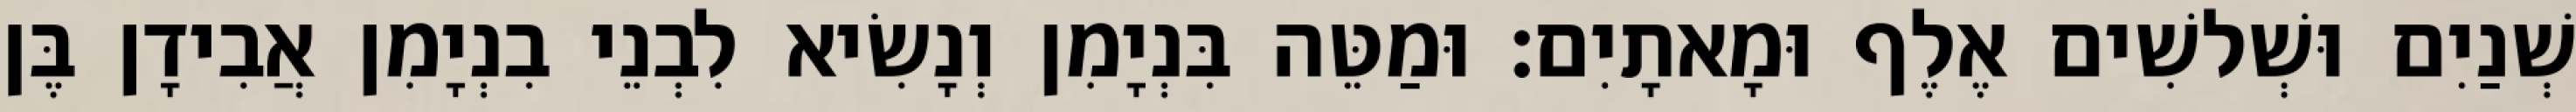
שְׁנַיִם וּשְׁלשִׁים אֶלֶף וּמָאתָיִם׃ וּמַטֵּה בִּנְיָמִן וְנָשִׂיא לִבְנֵי בִנְיָמִן אֲבִידָן בֶּן